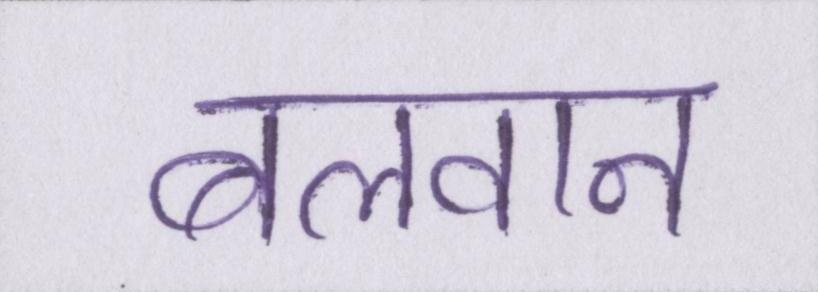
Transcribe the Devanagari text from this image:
बलवान